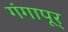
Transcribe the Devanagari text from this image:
गंगापूर्